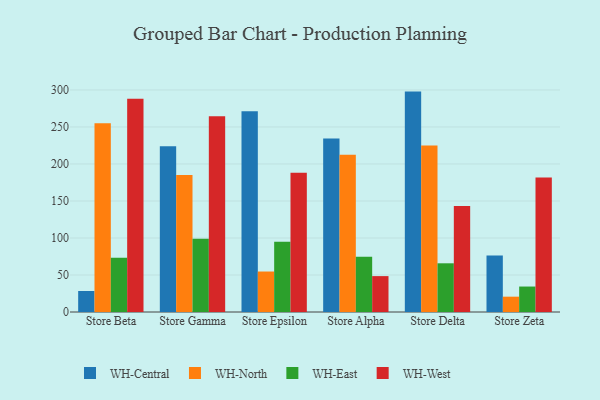
{"axis": {"x": "Store", "y": "Satisfaction Score"}, "legend": ["WH-Central", "WH-East", "WH-North", "WH-West"], "data": [{"x": "Store Beta", "y": 28.4, "type": "WH-Central"}, {"x": "Store Beta", "y": 255.2, "type": "WH-North"}, {"x": "Store Beta", "y": 73.2, "type": "WH-East"}, {"x": "Store Beta", "y": 288.0, "type": "WH-West"}, {"x": "Store Gamma", "y": 223.8, "type": "WH-Central"}, {"x": "Store Gamma", "y": 185.2, "type": "WH-North"}, {"x": "Store Gamma", "y": 99.0, "type": "WH-East"}, {"x": "Store Gamma", "y": 264.6, "type": "WH-West"}, {"x": "Store Epsilon", "y": 271.4, "type": "WH-Central"}, {"x": "Store Epsilon", "y": 54.7, "type": "WH-North"}, {"x": "Store Epsilon", "y": 94.8, "type": "WH-East"}, {"x": "Store Epsilon", "y": 188.2, "type": "WH-West"}, {"x": "Store Alpha", "y": 234.3, "type": "WH-Central"}, {"x": "Store Alpha", "y": 212.4, "type": "WH-North"}, {"x": "Store Alpha", "y": 74.8, "type": "WH-East"}, {"x": "Store Alpha", "y": 48.5, "type": "WH-West"}, {"x": "Store Delta", "y": 297.8, "type": "WH-Central"}, {"x": "Store Delta", "y": 225.1, "type": "WH-North"}, {"x": "Store Delta", "y": 65.8, "type": "WH-East"}, {"x": "Store Delta", "y": 143.1, "type": "WH-West"}, {"x": "Store Zeta", "y": 76.2, "type": "WH-Central"}, {"x": "Store Zeta", "y": 20.7, "type": "WH-North"}, {"x": "Store Zeta", "y": 34.4, "type": "WH-East"}, {"x": "Store Zeta", "y": 181.9, "type": "WH-West"}]}